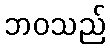
ဘဝသည်